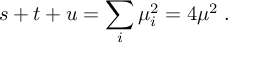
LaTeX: s + t + u = \sum _ { i } \mu _ { i } ^ { 2 } = 4 \mu ^ { 2 } \; .